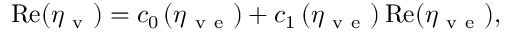
\mathrm { R e } ( \eta _ { \mathrm { ~ v ~ } } ) = c _ { 0 } \left( \eta _ { \mathrm { ~ v ~ e ~ } } \right) + c _ { 1 } \left( \eta _ { \mathrm { ~ v ~ e ~ } } \right) \mathrm { R e } ( \eta _ { \mathrm { ~ v ~ e ~ } } ) ,